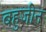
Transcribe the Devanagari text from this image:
बहुजीन